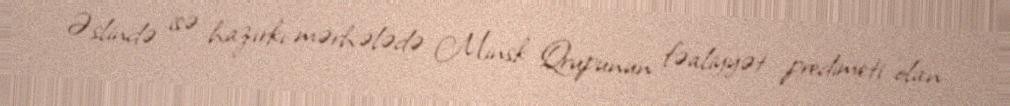
Əslində isə hazırkı mərhələdə Minsk Qrupunun fəaliyyət predimeti olan